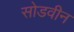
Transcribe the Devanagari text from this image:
सोडवीन